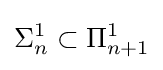
\Sigma _{n}^{1}\subset \Pi _{n+1}^{1}